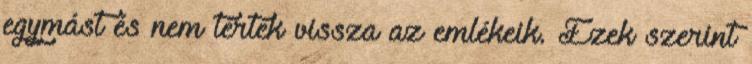
egymást és nem tértek vissza az emlékeik. Ezek szerint